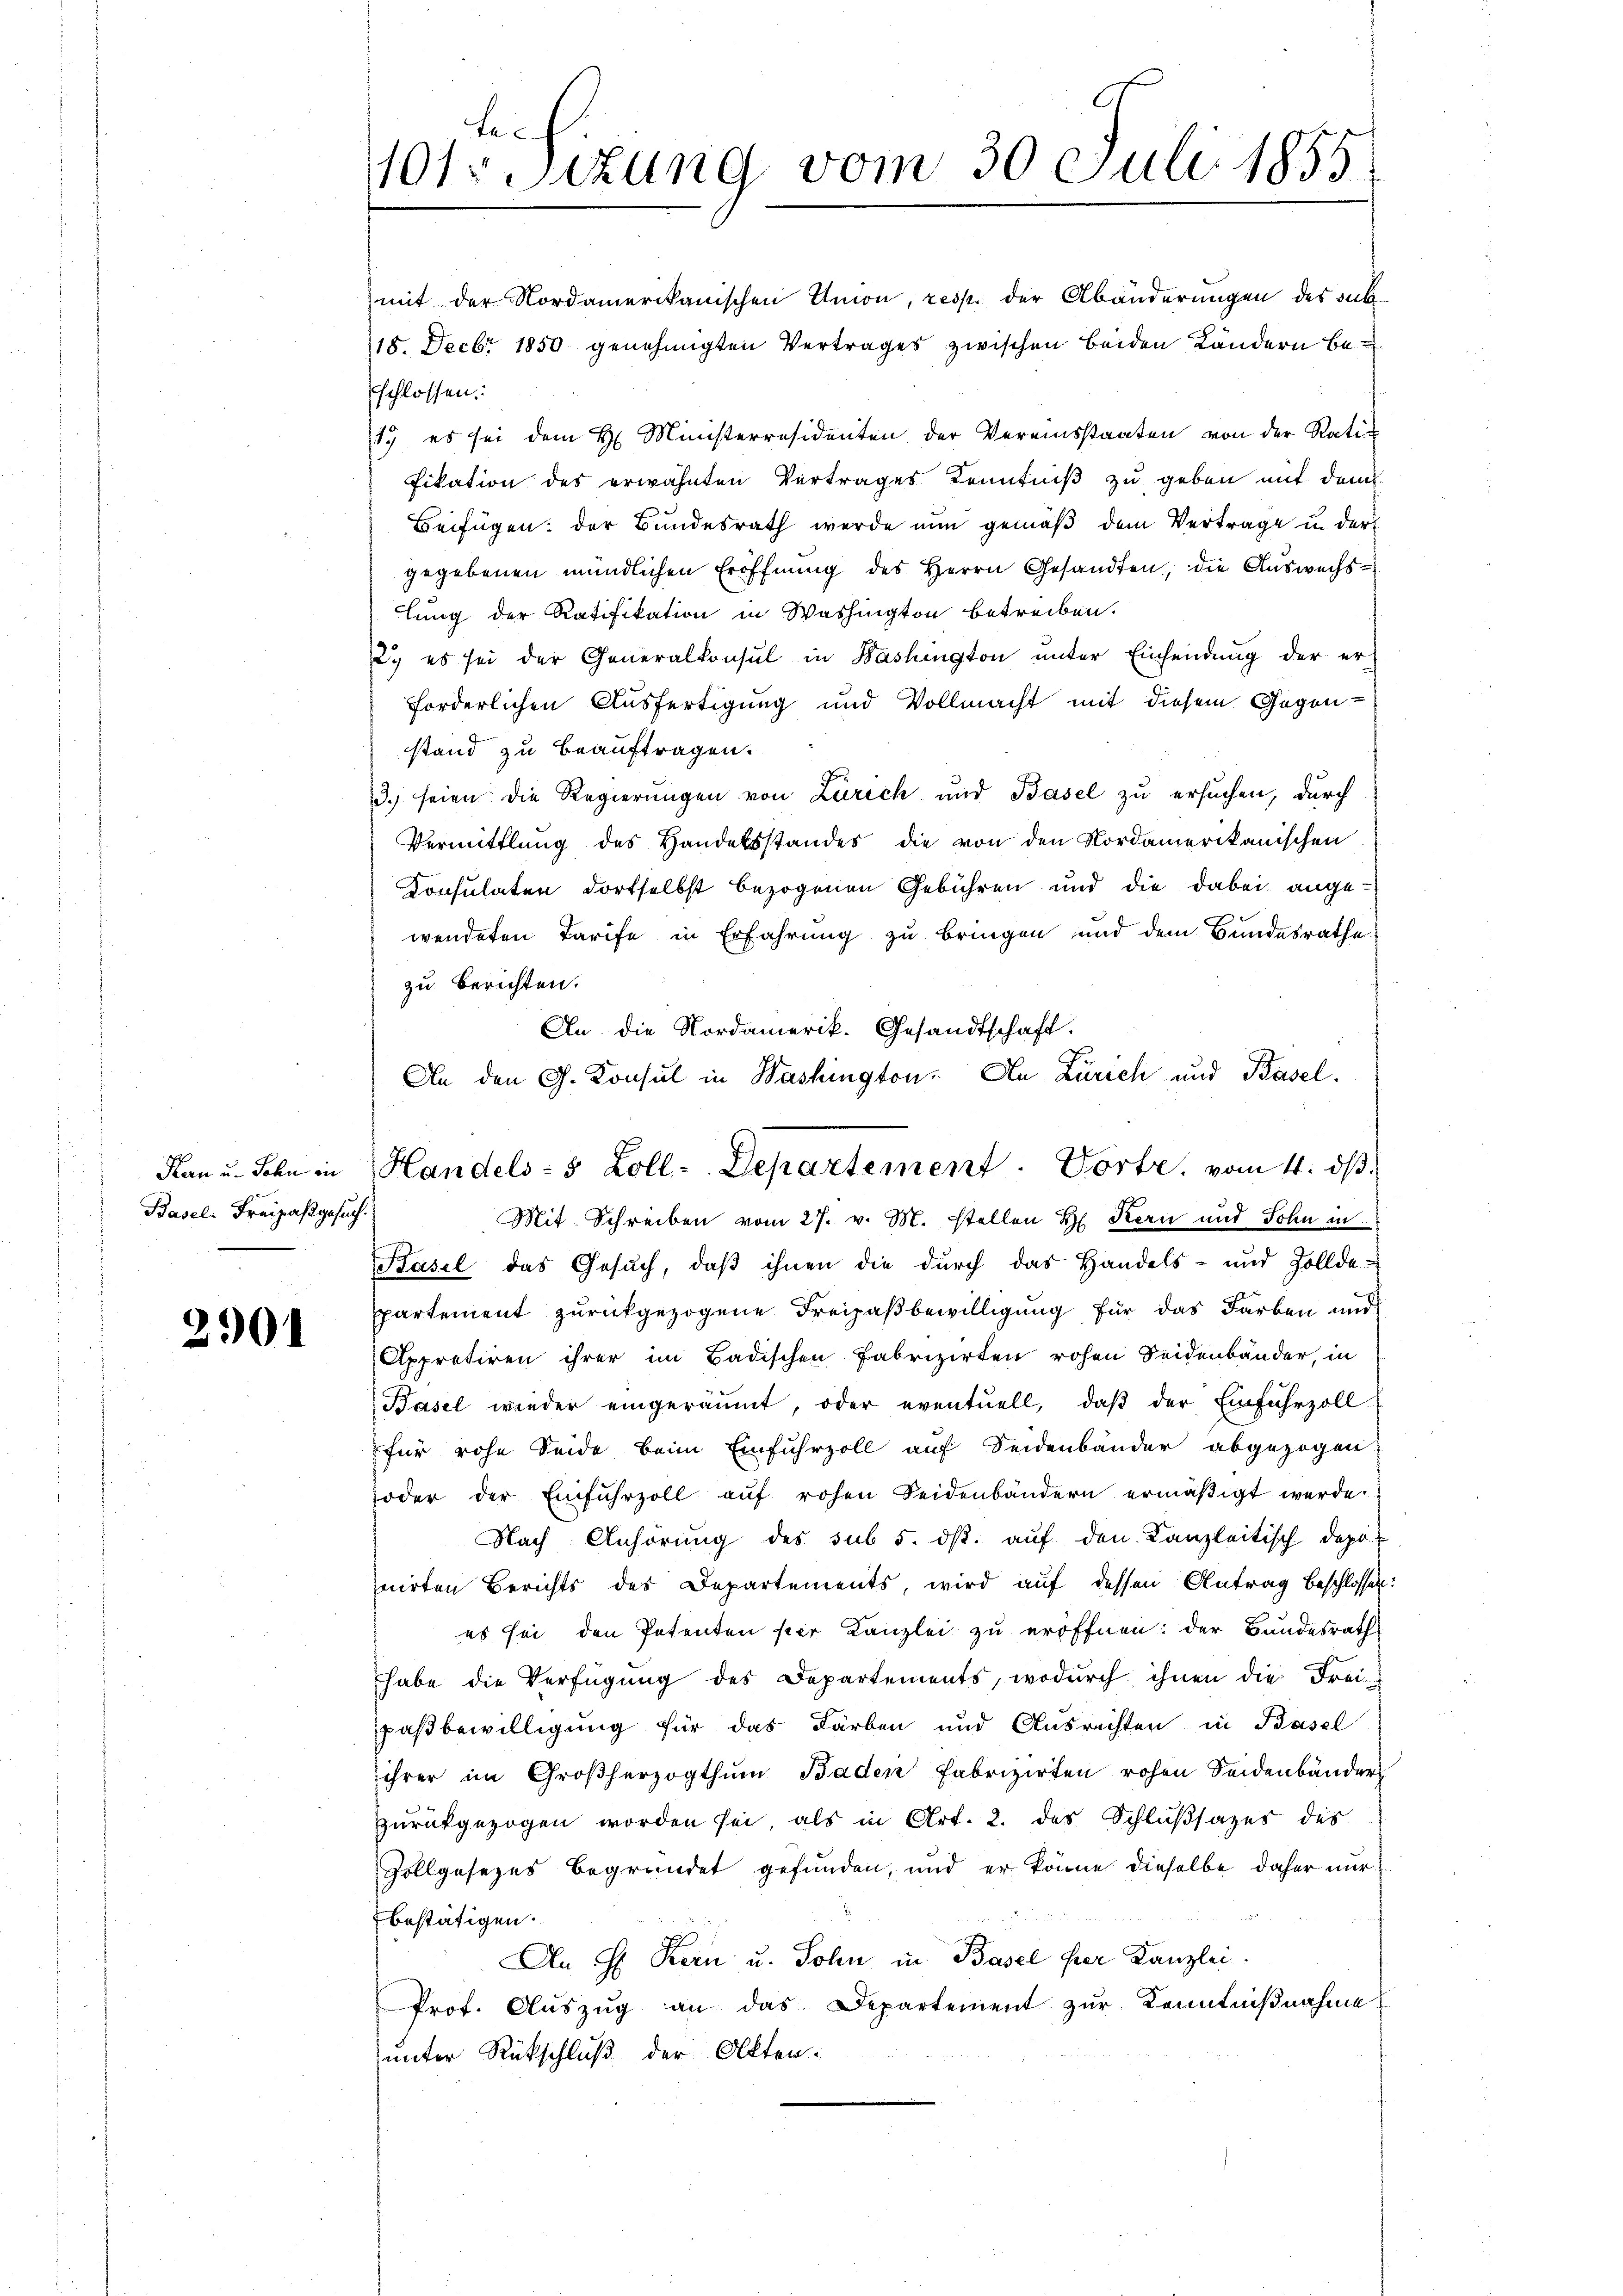
Kan u. Sohn in
Basel. Freizasgesuch.

2901

Le
101 Sizung vom 30 Juli 1855.

Handels- 5 Zoll-Departement. Vorte, vom 4. dβ.

mit der Nordamerikanischen Amon, resp. der Abänderungen des Sub¬
18. Decbr 1850 genehmigten Vertrages zwischen beiden Ländern beschlossen:
1.) es sei dem H. Ministerresidenten der Vereinsstaaten von der Ratifikation des erwähnten Vertrages Kenntniß zu geben mit dem
Beifügen: der Bundesrath werde nun gemäß dem Vertrage in der
gegebenen mündlichen Eröffnung des Herrn Gesandten, die Auswechslung der Ratifikation in Washington betreiben.
2.) es sei der Generalkonsul in Washington unter Einsendung der er-
forderlichen Ausfertigung und Vollmacht mit diesem Gegen-
stand zu beauftragen.
3.) seien die Regierungen von Zürich und Basel zu ersuchen, durch
Vermittlung des Handelsstandes die von den Nordamerikanischen
Consulaten dortselbst bezogenen Gebühren und die dabei ange-
wendeten Tarife in Erfahrung zu bringen und dem Bundesrathe
zu berichten.
An die Nordamerik. Gesandtschaft.
An den G. Konsul in Washington. An Zürich und Basel¬
Mit Schreiben vom 27. v. M. stellen H. Kern und Sohn in
Basel das Gesŭch, daβ ihnen die dŭrch das Handels- und Zollde-
ppartement zurückgezogene Freizaßbewilligung für das Farben und
Appretiren ihrer im Badischen Fabrizirten rohen Seidenbänder, in
Basel wieder eingeräumt, oder eventuell, daβ der Einfuhrzoll
für rohe Seide beim Einfuhrzoll auf Seidenbänder abgezogen
oder der Einfuhrzoll auf rohen Seidenbändern ermäßigt werde.
Nach Anhörung des sub 5. ds. auf den Kanzleitisch dopo
nirten Berichts des Departements, wird auf dessen Antrag beschlossen:
es sei den Petenten hier Kanzlei zu eröffnen: der Bundesrath
habe die Verfügŭng des Departements, wodŭrch ihnen die Frei-
paßbewilligung für das Farben und Ausrichten in Basel
ihrer im Großherzogthum Baden Fabrizirten rohen Seidenbänder
zurückgezogen worden sei, als in Art. 2. des Schlußsatzes des
Zollgesezes begründet gefunden, und er könne dieselbe daher nur
bestätigen.
An Hr. Kern u. Sohn in Basel her Kanzlei.
Prot. Aŭszŭg an das Departement zur Kenntnißnahme
unter Rückschluß der Akten.